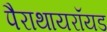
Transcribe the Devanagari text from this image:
पैराथायरॉयड